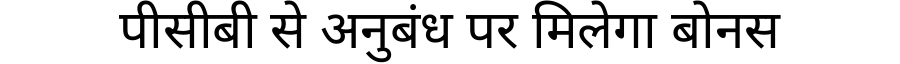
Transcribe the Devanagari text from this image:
पीसीबी से अनुबंध पर मिलेगा बोनस